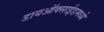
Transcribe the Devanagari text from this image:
डायऑक्साईडमध्ये